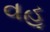
વહૂ